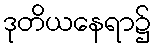
ဒုတိယနေရာ၌